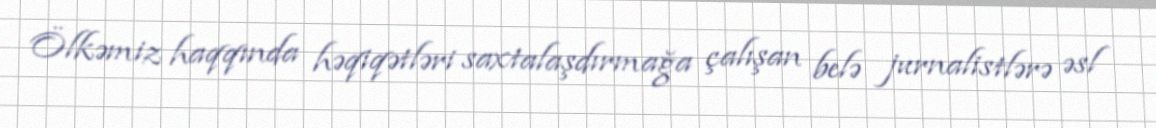
Ölkəmiz haqqında həqiqətləri saxtalaşdırmağa çalışan belə jurnalistlərə əsl